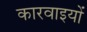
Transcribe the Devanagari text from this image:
कारवाइयों